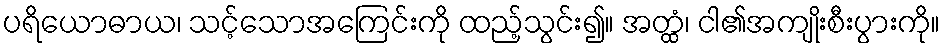
ပရိယောဓာယ၊ သင့်သောအကြေင်းကို ထည့်သွင်း၍။ အတ္ထံ၊ ငါ၏အကျိုးစီးပွားကို။